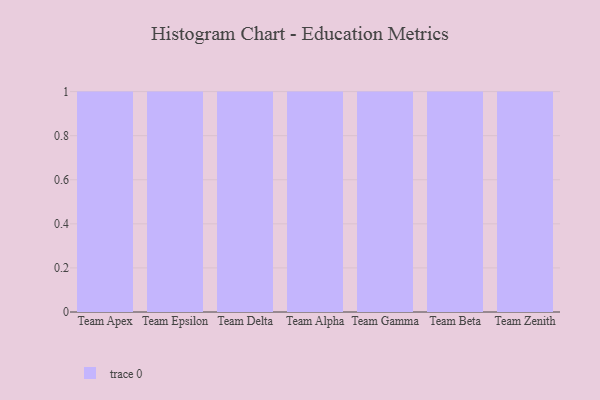
{"axis": {"x": "Team", "y": "Market Share (%)"}, "legend": [""], "data": [{"x": "Team Apex", "y": 76, "type": ""}, {"x": "Team Epsilon", "y": 13, "type": ""}, {"x": "Team Delta", "y": 16, "type": ""}, {"x": "Team Alpha", "y": 15, "type": ""}, {"x": "Team Gamma", "y": 44, "type": ""}, {"x": "Team Beta", "y": 16, "type": ""}, {"x": "Team Zenith", "y": 18, "type": ""}]}